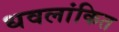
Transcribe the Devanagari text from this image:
धवलांकित